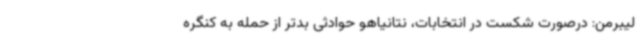
لیبرمن: درصورت شکست در انتخابات، نتانیاهو حوادثی بدتر از حمله به کنگره